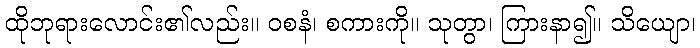
ထိုဘုရားလောင်း၏လည်း။ ဝစနံ၊ စကားကို။ သုတွာ၊ ကြားနာ၍။ သိယျော၊